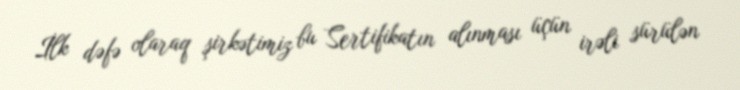
İlk dəfə olaraq şirkətimiz bu Sertifikatın alınması üçün irəli sürülən